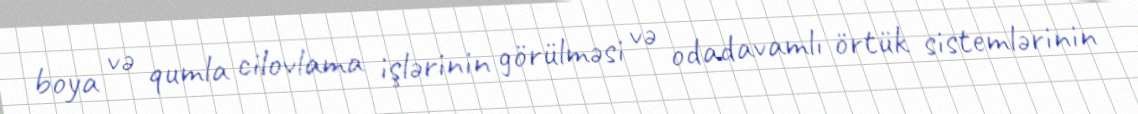
boya və qumla cilovlama işlərinin görülməsi və odadavamlı örtük sistemlərinin